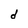
Character: d